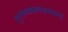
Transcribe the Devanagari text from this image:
सुस्वप्नफलदायकम्